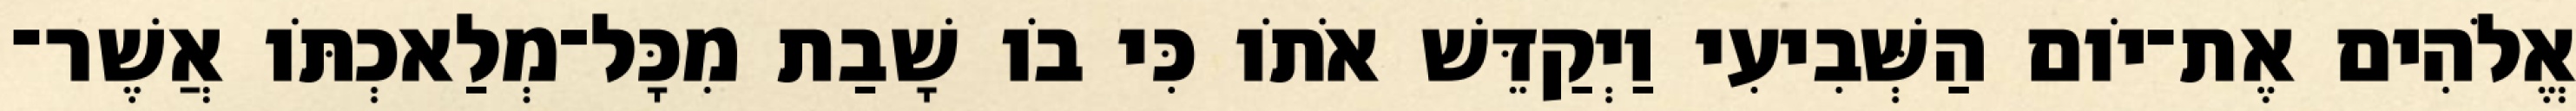
אֱלֹהִים אֶת־יֹום הַשְּׁבִיעִי וַיְקַדֵּשׁ אֹתֹו כִּי בֹו שָׁבַת מִכָּל־מְלַאכְתֹּו אֲשֶׁר־